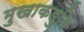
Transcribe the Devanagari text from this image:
मुखाकडुनि